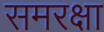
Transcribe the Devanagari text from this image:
समरक्षा